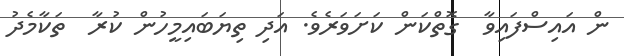
ން އައިސްފައިވާ  ގޮތްކަން ކަށަވަރެވެ. އަދި ތިޔަބައިމީހުން ކުރާ  ތަކާމެދު